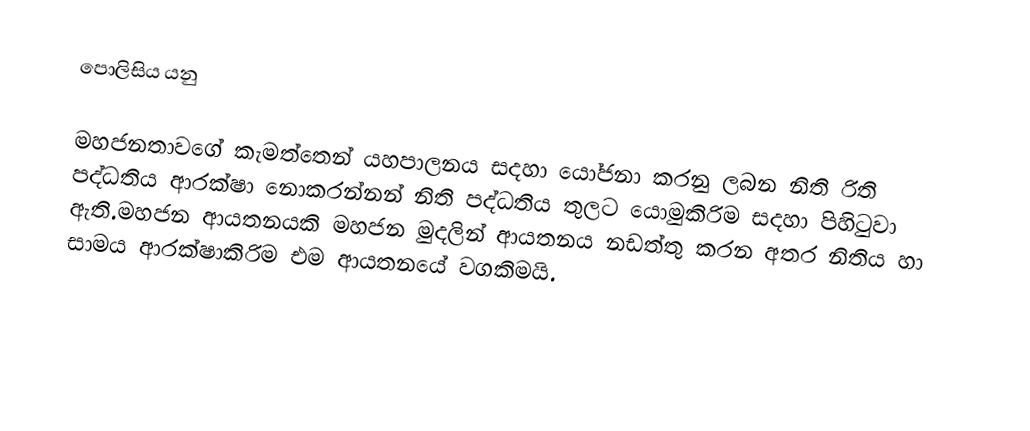
පොලිසිය යනු

මහජනතාවගේ කැමත්තෙන් යහපාලනය සදහා යෝජනා කරනු ලබන නිති රිති පද්ධතිය ආරක්ෂා නොකරන්නන් නිති පද්ධතිය තුලට යොමුකිරිම සදහා පිහිටුවා ඇති.මහජන ආයතනයකි මහජන මුදලින් ආයතනය නඩත්තු කරන අතර නිතිය හා සාමය ආරක්ෂාකිරිම එම ආයතනයේ වගකිමයි.